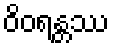
ဝိဝရန္တဿ